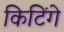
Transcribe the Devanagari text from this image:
किटिंगे